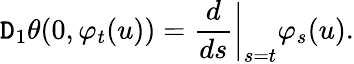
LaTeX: \mathtt{D}_{1}\theta(0,\varphi_{t}(u))=\frac{{d}}{{ds}}\bigg\vert_{s=t}\varphi_{s}(u).